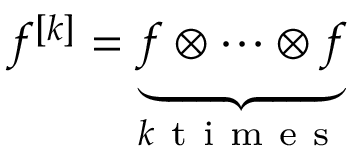
f ^ { [ k ] } = \underset { k \mathrm { ~ t ~ i ~ m ~ e ~ s ~ } } { \underbrace { f \otimes \cdots \otimes f } }